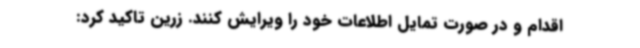
اقدام و در صورت تمایل اطلاعات خود را ویرایش کنند. زرین تاکید کرد: